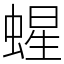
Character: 䗌